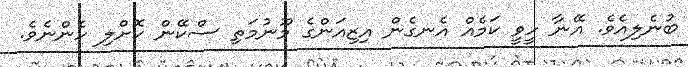
ބުނެލިއެވެ. އޭނާ ހީވީ ކަމެއް އެނގެން އިޒިއަންގެ މޫނުމަތި ސްކޭން ކޮށްލި ހެންނެވެ.